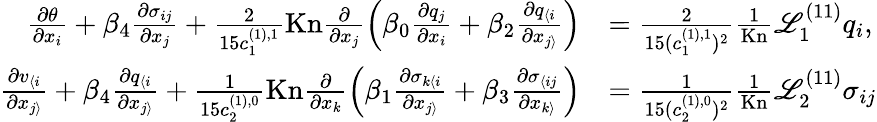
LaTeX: \begin{array}{rl}{\frac{\partial\theta}{\partial x_{i}}+\beta_{4}\frac{\partial\sigma_{ij}}{\partial x_{j}}+\frac{2}{15c_{1}^{(1),1}}\mathrm{Kn}\frac{\partial}{\partial x_{j}}\left(\beta_{0}\frac{\partial q_{j}}{\partial x_{i}}+\beta_{2}\frac{\partial q_{\langle i}}{\partial x_{j\rangle}}\right)}&{=\frac{2}{15(c_{1}^{(1),1})^{2}}\frac{1}{\mathrm{Kn}}\mathscr{L}_{1}^{(11)}q_{i},}\\ {\frac{\partial v_{\langle i}}{\partial x_{j\rangle}}+\beta_{4}\frac{\partial q_{\langle i}}{\partial x_{j\rangle}}+\frac{1}{15c_{2}^{(1),0}}\mathrm{Kn}\frac{\partial}{\partial x_{k}}\left(\beta_{1}\frac{\partial\sigma_{k\langle i}}{\partial x_{j\rangle}}+\beta_{3}\frac{\partial\sigma_{\langle ij}}{\partial x_{k\rangle}}\right)}&{=\frac{1}{15(c_{2}^{(1),0})^{2}}\frac{1}{\mathrm{Kn}}\mathscr{L}_{2}^{(11)}\sigma_{ij}}\end{array}